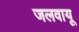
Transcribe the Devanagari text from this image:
जलवायू